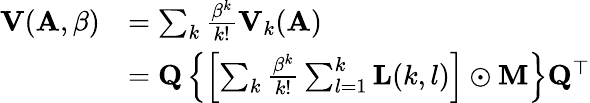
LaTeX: \begin{array}{rl}{\mathbf{V}(\mathbf{A},\beta)}&{=\sum_{k}\frac{\beta^{k}}{k!}\mathbf{V}_{k}(\mathbf{A})}\\ &{=\mathbf{Q}\left\{ \left[\sum_{k}\frac{\beta^{k}}{k!}\sum_{l=1}^{k}\mathbf{L}(k,l)\right]\odot\mathbf{M}\right\} \mathbf{Q}^{\top}}\end{array}